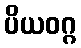
ပိယဝဂ္ဂ